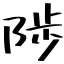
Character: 陟